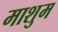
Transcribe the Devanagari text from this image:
माशुम